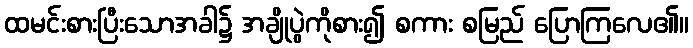
ထမင်းစားပြီးသောအခါ၌ အချိုပွဲကိုစား၍ စကား စမြည် ပြောကြလေ၏။